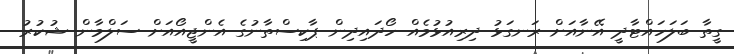
ގީތާ ބަލަހައްޓާދީ އޭނާއަށް ރަނގަޅު ދިރިއުޅުމެއް ހޯދައިދިން ޕާކިސްތާނުގެ އެންޖީއޯއަށް ސަލްމާން ޝުކުރު